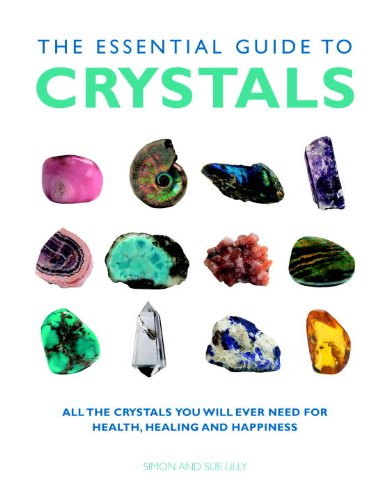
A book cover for The Essential Guide to Crystals: All the Crystals You Will Ever Need for Health, Healing, and Happiness (Essential Guides Series); Simon Lilly; Religion & Spirituality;